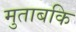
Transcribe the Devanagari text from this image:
मुताबकि